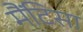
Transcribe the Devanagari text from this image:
मैंटिसा